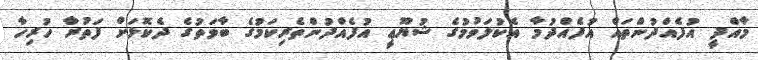
މާއްދީ އުފެއްދުންތައް އުފެއްދުމާ އެކުލަވުމުގެ ޝުޔޫޢީ އުފެއްދުންތެރިކަމުގެ ބާވަތުގެ ދެކޮޅަށް ފަތުރާ ހުރިހާ